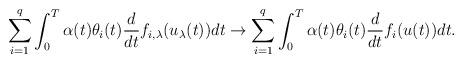
LaTeX: \begin{align*}\sum_{i=1}^{q} \int_0^T \alpha (t) \theta_{i}(t) \frac{d}{dt} f_{i,\lambda} (u_{\lambda}(t)) dt \rightarrow \sum_{i=1}^{q} \int_0^T \alpha (t) \theta_{i}(t) \frac{d}{dt} f_i (u(t)) dt.\end{align*}